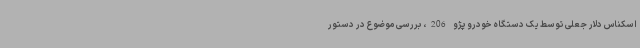
اسکناس دلار جعلی توسط یک دستگاه خودرو پژو 206، بررسی موضوع در دستور